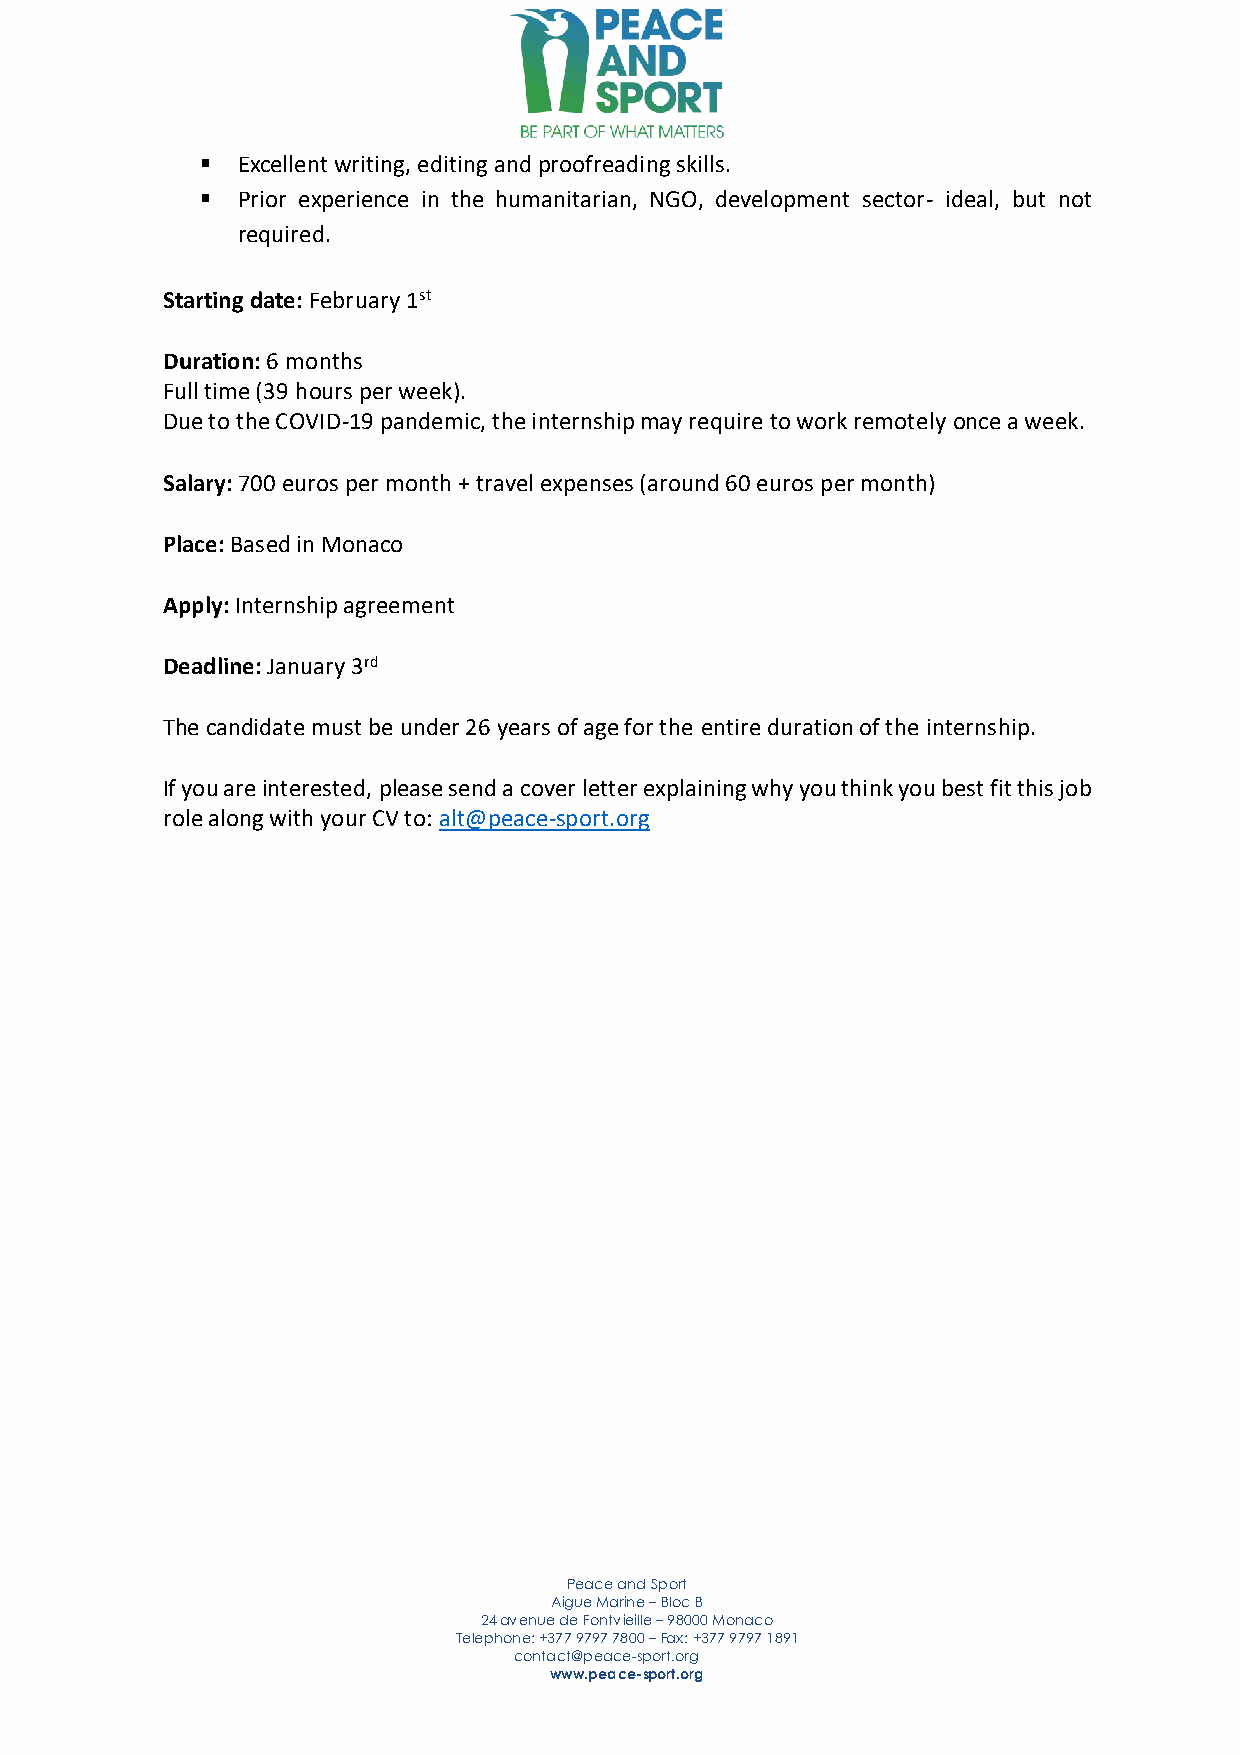
  Excellent writing, editing and proofreading skills.
   Prior experience in the humanitarian, NGO, development sector- ideal, but not
 required.
 Starting date: February 1st
 Duration: 6 months
 Full time (39 hours per week).
 Due to the COVID-19 pandemic, the internship may require to work remotely once a week.
 Salary: 700 euros per month + travel expenses (around 60 euros per month)
 Place: Based in Monaco
 Apply: Internship agreement
 Deadline: January 3rd
 The candidate must be under 26 years of age for the entire duration of the internship.
 If you are interested, please send a cover letter explaining why you think you best fit this job
 role along with your CV to: alt@peace-sport.org
 Peace and Sport
 Aigue Marine – Bloc B
 24 avenue de Fontvieille – 98000 Monaco
 Telephone: +377 9797 7800 – Fax: +377 9797 1891
 contact@peace-sport.org
 www.peace-sport.org